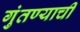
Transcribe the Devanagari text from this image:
गुंतण्याची